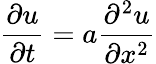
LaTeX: {\frac{\partial u}{\partial t}}=a{\frac{\partial^{2}u}{\partial x^{2}}}